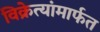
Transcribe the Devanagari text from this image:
विक्रेत्यांमार्फत